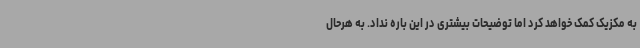
به مکزیک کمک خواهد کرد اما توضیحات بیشتری در این باره نداد. به هرحال